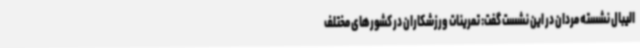
الیبال نشسته مردان در این نشست گفت: تمرینات ورزشکاران در کشورهای مختلف